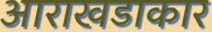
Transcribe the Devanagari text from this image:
आराखडाकार